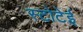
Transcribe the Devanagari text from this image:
स्टोटेई